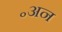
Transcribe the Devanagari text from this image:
॰अन